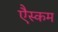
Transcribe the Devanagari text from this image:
एैस्कम